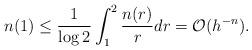
LaTeX: \begin{align*} n(1)\leq\frac{1}{\log 2}\int_1^2\frac{n(r)}{r}dr=\mathcal{O}(h^{-n}).\end{align*}